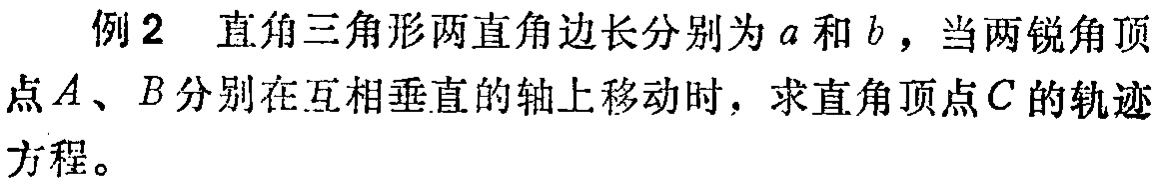
例2 直角三角形两直角边长分别为\(a\)和\(b\)，当两锐角顶点\(A\)、\(B\)分别在互相垂直的轴上移动时，求直角顶点\(C\)的轨迹方程。